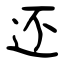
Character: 还